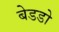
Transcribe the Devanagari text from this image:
बेडडो